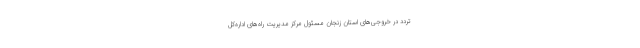
تردد در خروجی‌های استان زنجان مسئول مرکز مدیریت راه‌های اداره‌کل